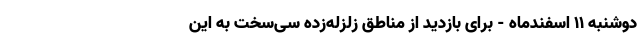
دوشنبه 11 اسفندماه - برای بازدید از مناطق زلزله‌زده سی‌سخت به این